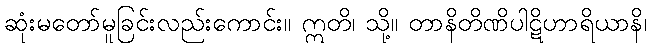
ဆုံးမတော်မူခြင်းလည်းကောင်း။ ဣတိ၊ သို့။ တာနိတိဏိပါဋိဟာရိယာနိ၊